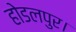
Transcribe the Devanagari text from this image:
होडलपुर।